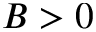
B > 0